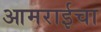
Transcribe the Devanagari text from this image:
आमराईचा